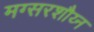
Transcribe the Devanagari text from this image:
मग्सरशौय्न